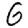
Digit: 6